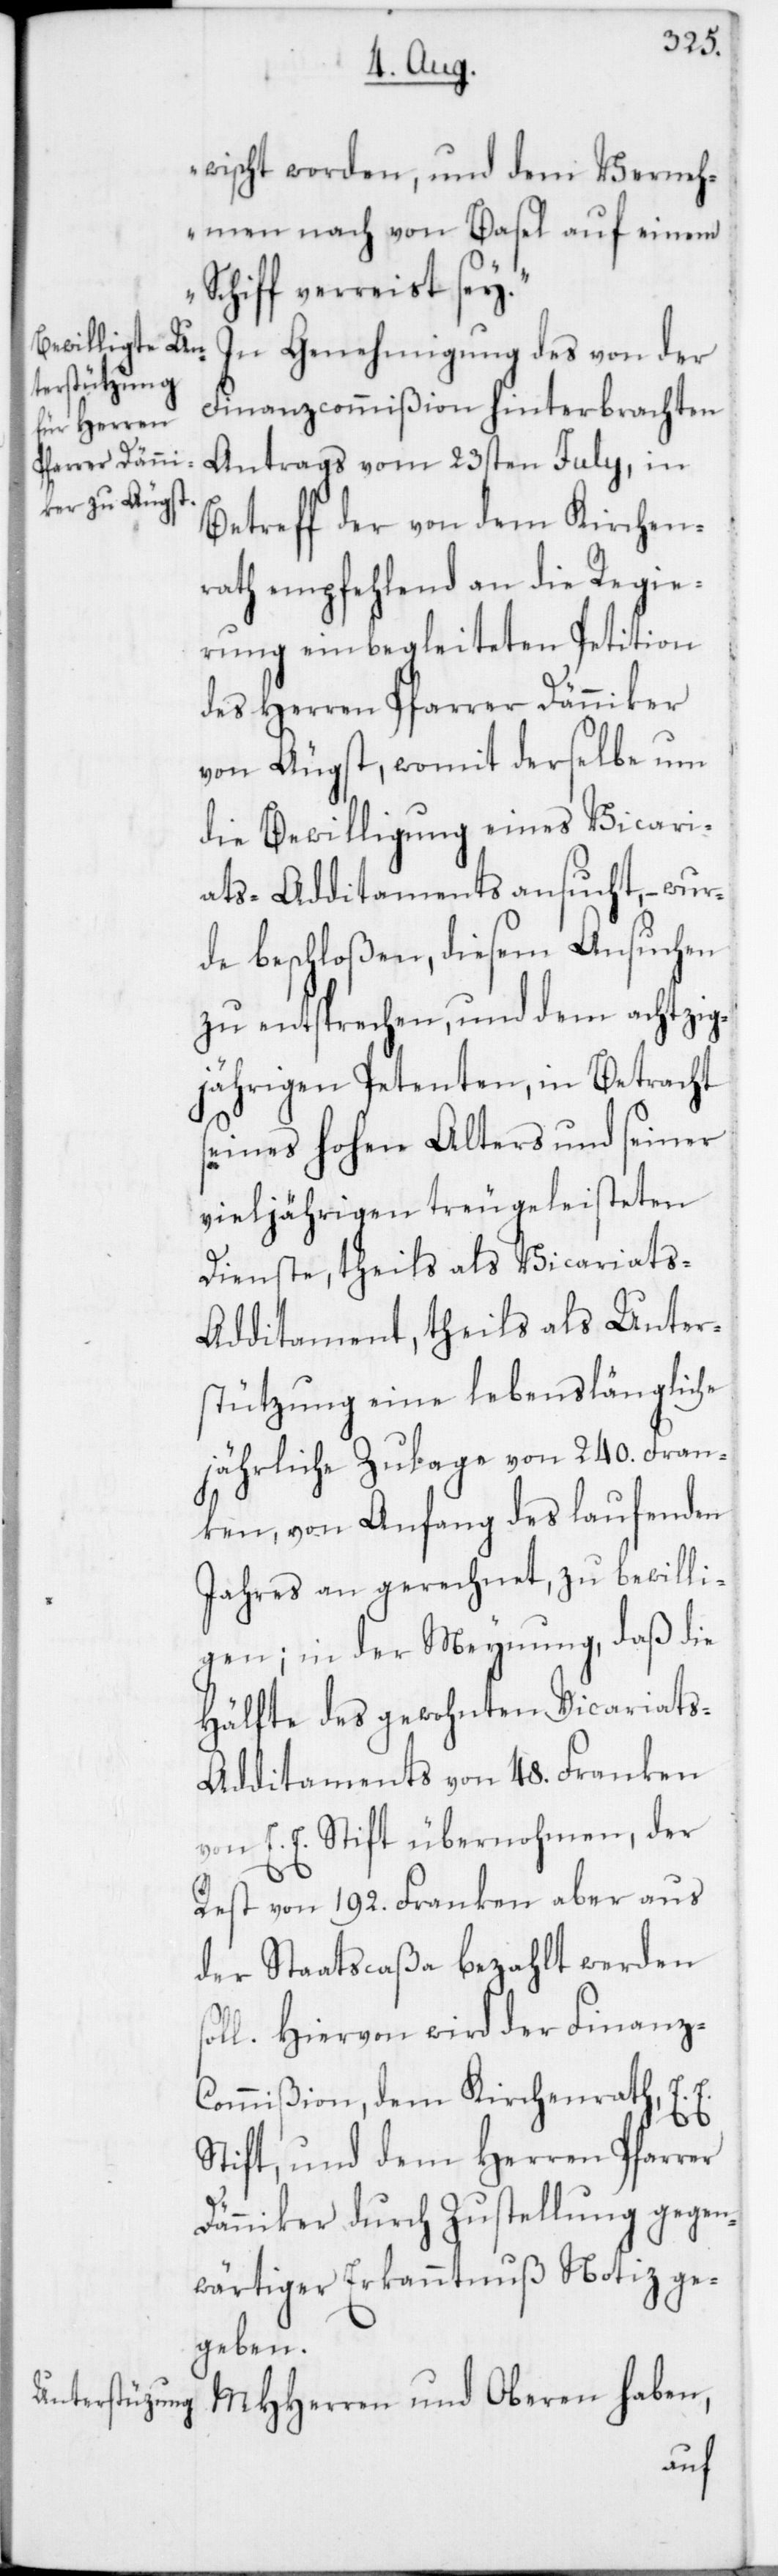
wischt worden, und dem Verneh¬
men nach von Basel auf einem
Schiff verreist sey.“
In Genehmigung des von der
Finanzcommißion hinterbrachten
Antrags vom 23sten July, in
Betreff der von dem Kirchen¬
rath empfehlend an die Regie¬
rung einbegleiteten Petition
des Herren Pfarrer Dänniker
von Äugst, womit derselbe um
die Bewilligung eines Vicari¬
ats-Additaments ansucht, – wur¬
de beschloßen, diesem Ansuchen
zu entsprechen, und dem achtzig¬
jährigen Petenten, in Betracht
seines hohen Alters und seiner
vieljährigen treu geleisteten
Dienste, theils als Vicariats-A¬
dditament, theils als Unter¬
stützung eine lebenslängliche
jährliche Zulage von 240. Fran¬
ken, von Anfang des laufenden
Jahres an gerechnet, zu bewilli¬
gen; in der Meynung, daß die
Hälfte des gewohnten Vicariats-A¬
dditaments von 48. Franken
von E. E. Stift übernohmen, der
Rest von 192. Franken aber aus
der Staatscaßa bezahlt werden
Hiervon wird der Finanz-C¬
ommißion, dem Kirchenrath, E. E.
Stift und dem Herren Pfarrer
Dänniker durch Zustellung gegen¬
wärtiger Erkanntnuß Notiz ge¬
geben.
MHHerren und Oberen haben,